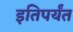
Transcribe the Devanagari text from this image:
इतिपर्यंत